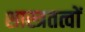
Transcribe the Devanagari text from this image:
शास्त्रतत्वों